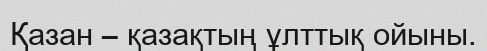
Қазан – қазақтың ұлттық ойыны.